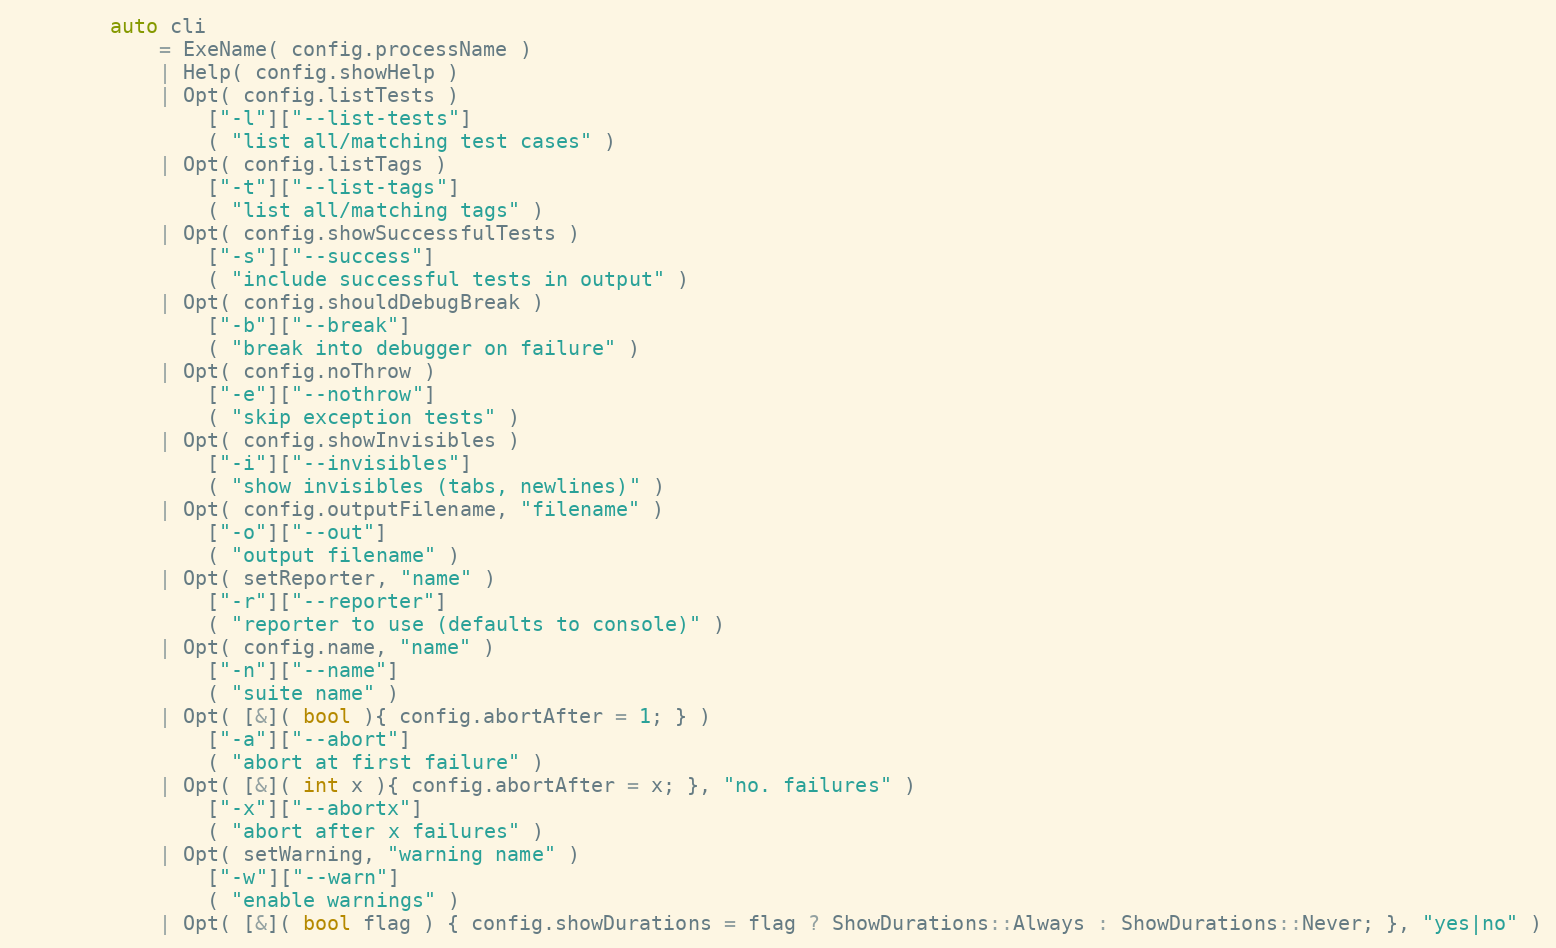
Language: C++
        auto cli
            = ExeName( config.processName )
            | Help( config.showHelp )
            | Opt( config.listTests )
                ["-l"]["--list-tests"]
                ( "list all/matching test cases" )
            | Opt( config.listTags )
                ["-t"]["--list-tags"]
                ( "list all/matching tags" )
            | Opt( config.showSuccessfulTests )
                ["-s"]["--success"]
                ( "include successful tests in output" )
            | Opt( config.shouldDebugBreak )
                ["-b"]["--break"]
                ( "break into debugger on failure" )
            | Opt( config.noThrow )
                ["-e"]["--nothrow"]
                ( "skip exception tests" )
            | Opt( config.showInvisibles )
                ["-i"]["--invisibles"]
                ( "show invisibles (tabs, newlines)" )
            | Opt( config.outputFilename, "filename" )
                ["-o"]["--out"]
                ( "output filename" )
            | Opt( setReporter, "name" )
                ["-r"]["--reporter"]
                ( "reporter to use (defaults to console)" )
            | Opt( config.name, "name" )
                ["-n"]["--name"]
                ( "suite name" )
            | Opt( [&]( bool ){ config.abortAfter = 1; } )
                ["-a"]["--abort"]
                ( "abort at first failure" )
            | Opt( [&]( int x ){ config.abortAfter = x; }, "no. failures" )
                ["-x"]["--abortx"]
                ( "abort after x failures" )
            | Opt( setWarning, "warning name" )
                ["-w"]["--warn"]
                ( "enable warnings" )
            | Opt( [&]( bool flag ) { config.showDurations = flag ? ShowDurations::Always : ShowDurations::Never; }, "yes|no" )